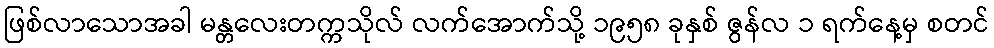
ဖြစ်လာသောအခါ မန္တလေးတက္ကသိုလ် လက်အောက်သို့ ၁၉၅၈ ခုနှစ် ဇွန်လ ၁ ရက်နေ့မှ စတင်